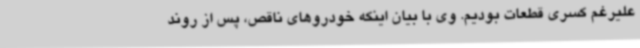
علیرغم کسری قطعات بودیم. وی با بیان اینکه خودروهای ناقص، پس از روند